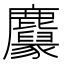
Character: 𪋱